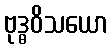
ဗုဒ္ဓဝိသယော